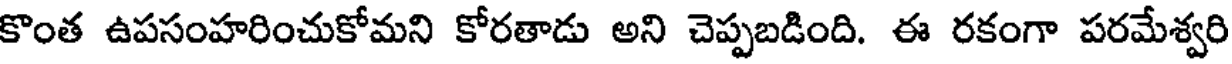
కొంత ఉపసంహరించుకోమని కోరతాడు అని చెప్పబడింది. ఈ రకంగా పరమేశ్వరి